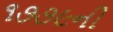
૧૭૭૯ની